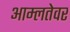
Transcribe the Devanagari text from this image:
आम्लतेवर